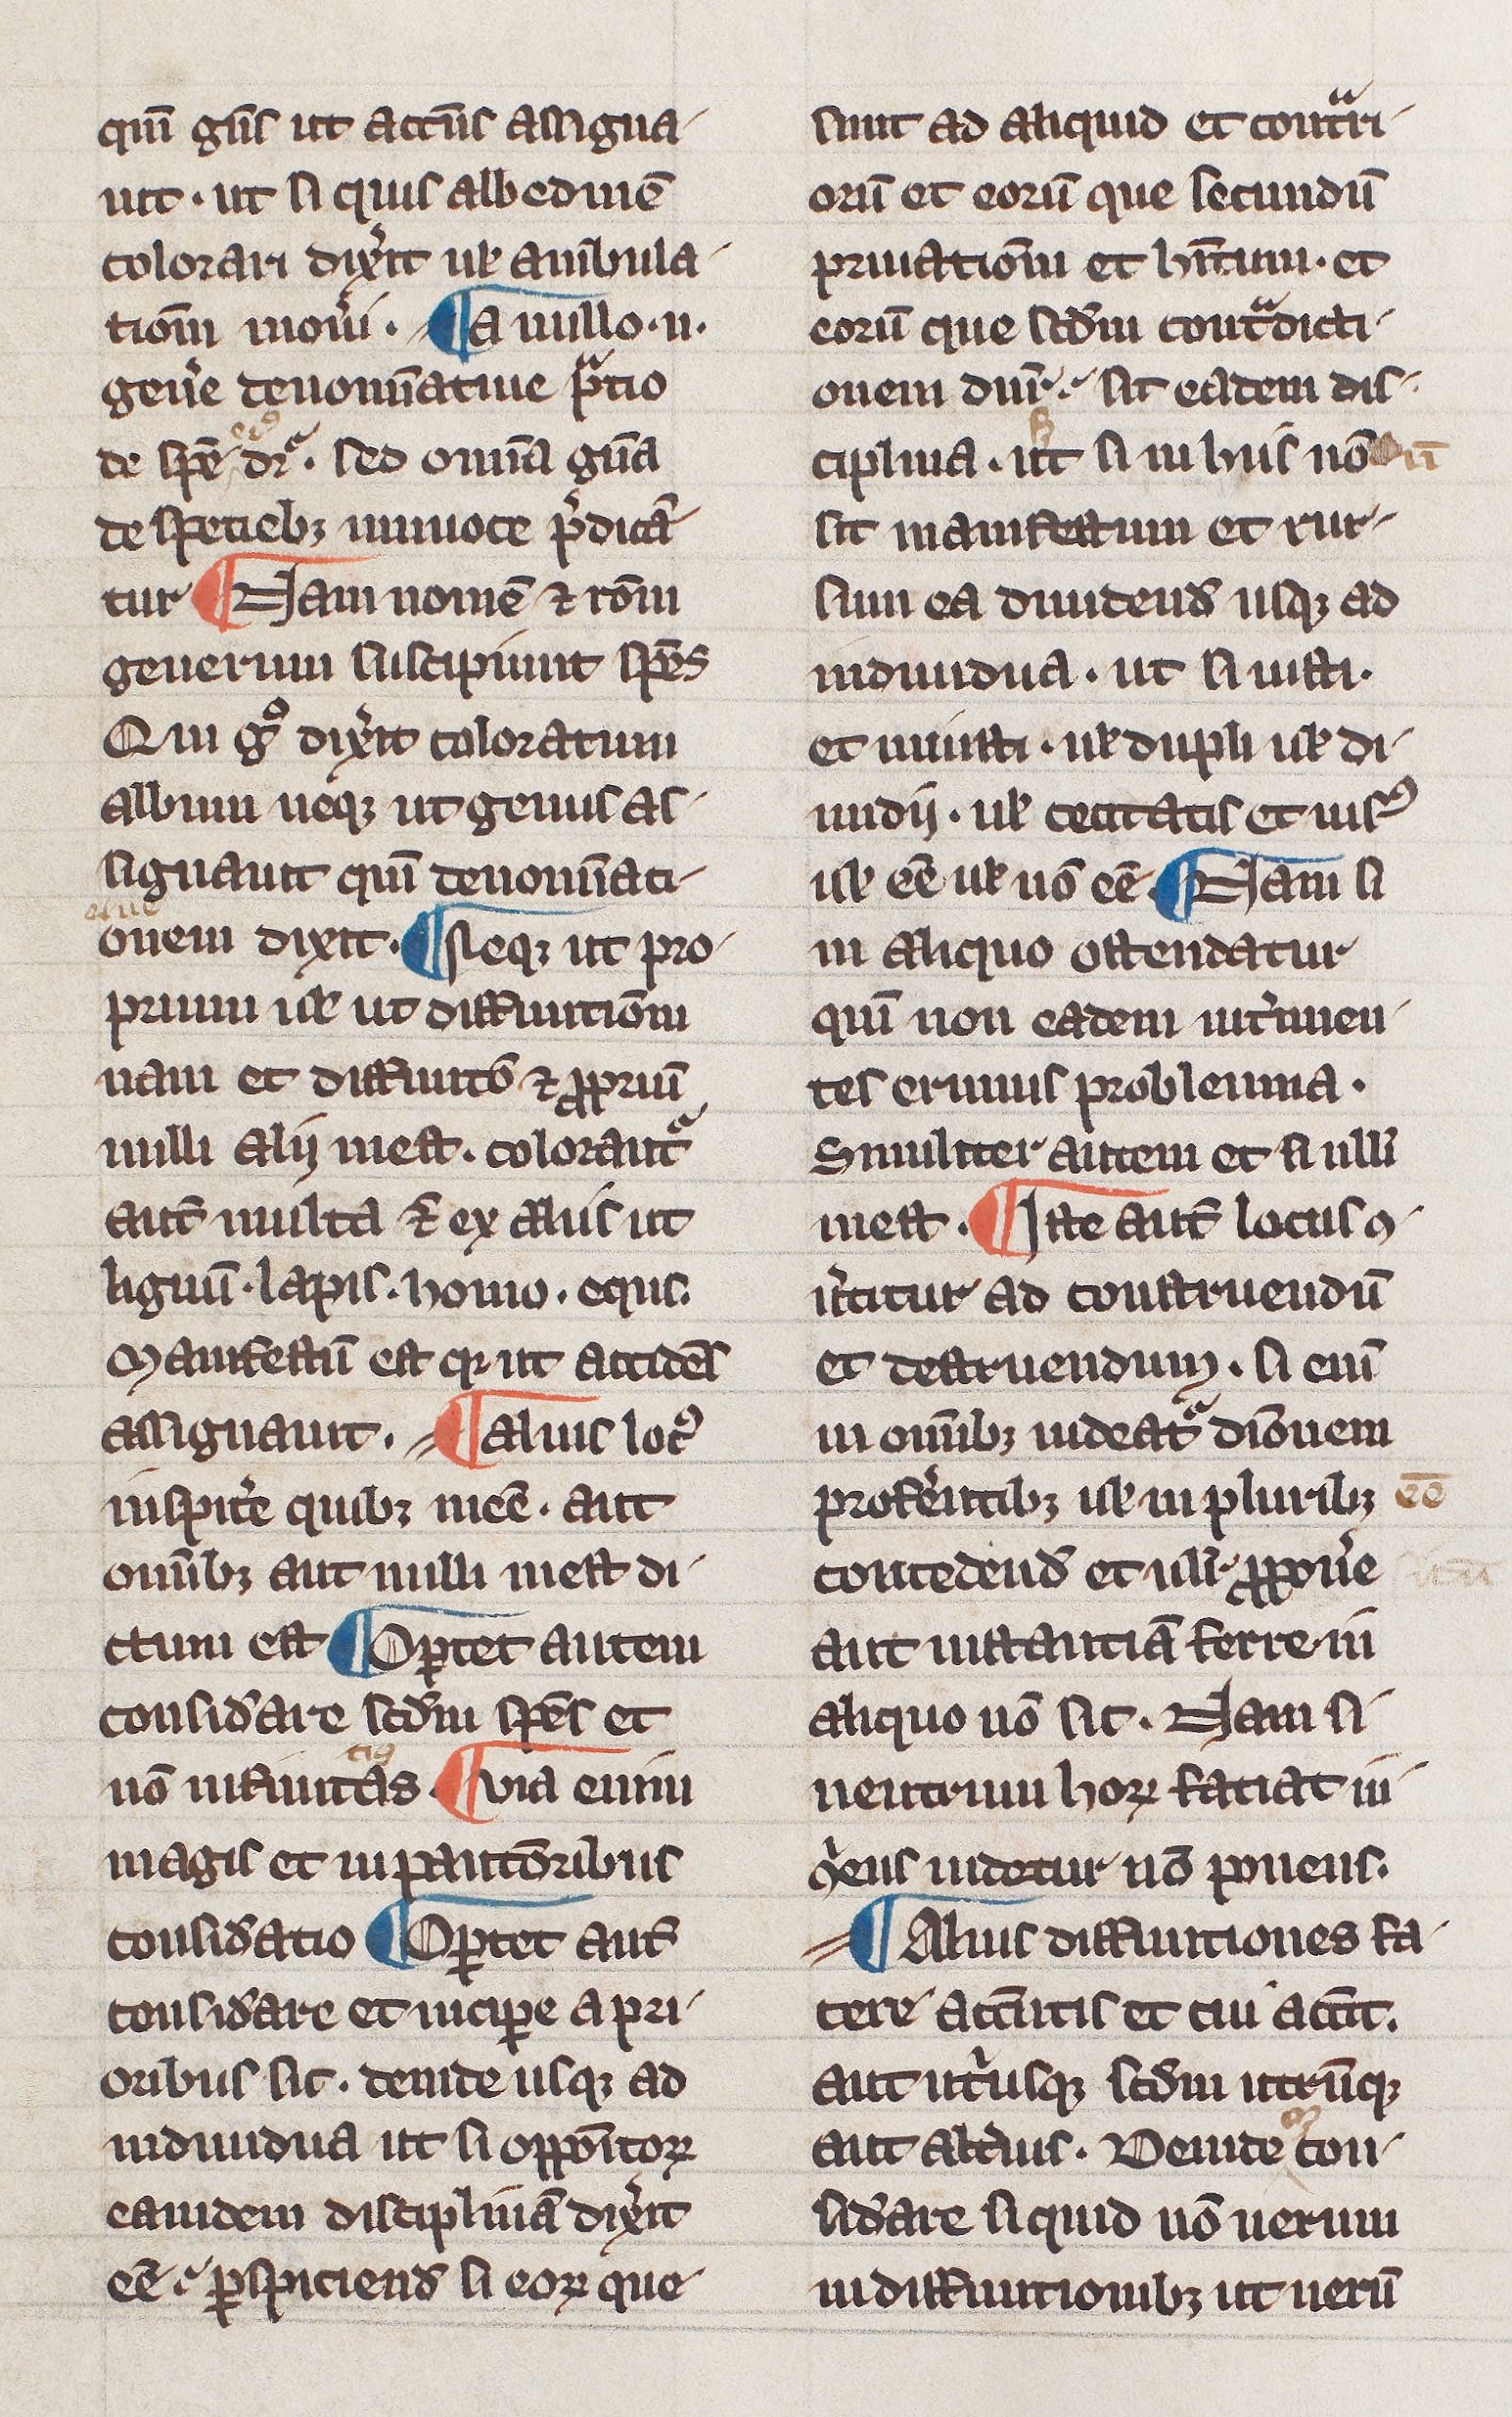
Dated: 1300–1330